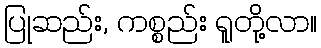
ပြုဆည်း, ကစ္စည်း ရူတို့လာ။